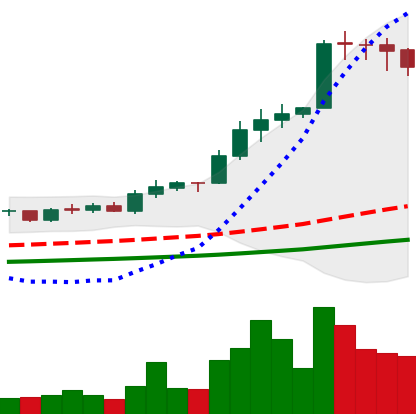
Ticker: ADA-USD
Chart end date: 2021-02-14
Forward return: 9.339%
Label: up_7plus